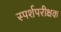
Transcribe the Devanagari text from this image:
स्पर्शपरीक्षक